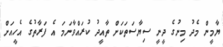
ޔާމީން މެދު މިނުގެ ދީނީ ސިޔާސަތަކަށް ތާއީދު ކުރައްވާނަމަ އެ ފަރާތުގެ އެހީއަށް